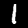
Label: 1